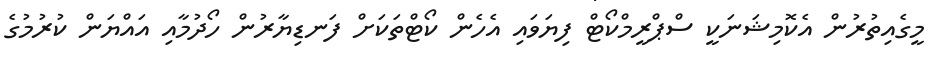
މީގެއިތުރުން އެކޮމިޝަނަކީ ސްޕްރީމްކޯޓް ފިޔަވައި އެހެން ކޯޓްތަކަށް ފަނޑިޔާރުން ހޯދުމާއި އައްޔަން ކުރުމުގެ